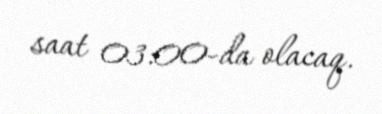
saat 03:00-da olacaq.